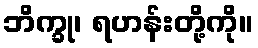
ဘိက္ခု၊ ရဟန်းတို့ကို။